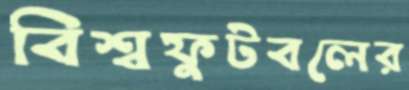
বিশ্বফুটবলের